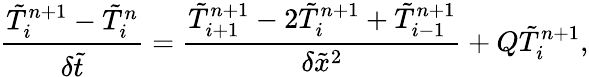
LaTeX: \frac{{\tilde{T}_{i}^{n+1}-\tilde{T}_{i}^{n}}}{{\delta\tilde{t}}}=\frac{{\tilde{T}_{i+1}^{n+1}-2\tilde{T}_{i}^{n+1}+\tilde{T}_{i-1}^{n+1}}}{{\delta{{\tilde{x}}^{2}}}}+Q\tilde{T}_{i}^{n+1},